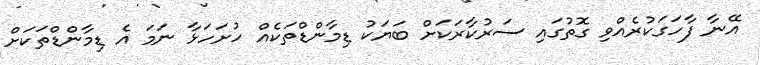
އޭނާ ފާހަގަކުރެއްވި ގޮތުގައި ސަރުކާރަކަށް ބަޔަކު ޑިމާންޑްތަކެއް ހުށަހަޅާ ނަމަ އެ ޑިމާންޑްތަކަށް